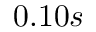
0 . 1 0 s